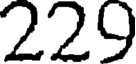
229